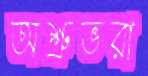
অশ্রুভরা